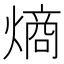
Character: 熵